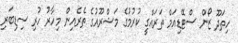
ހިތަދޫ ޒޯން ސްޓޭޑިއަމް ތަރައްގީ ކުރުމުގެ މަޝްރޫއުގެ ތެރެއިން މިހާރު ހުރި ސިޑިބަރި